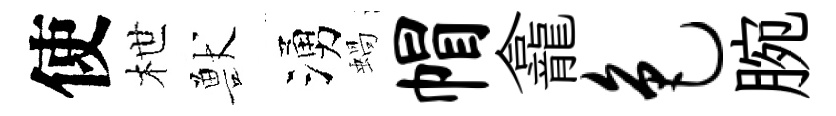
使枻獸湧蝸帽龕色腕